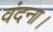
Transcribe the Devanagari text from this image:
वंदना।